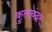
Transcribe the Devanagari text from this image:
कुलचंदर